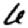
Digit: 6